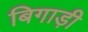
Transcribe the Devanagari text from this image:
बिगाड़ी